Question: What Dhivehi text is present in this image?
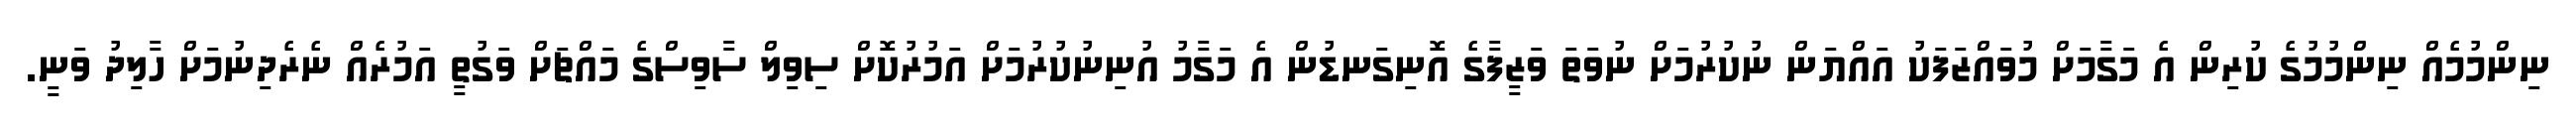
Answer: ނިންމުމެއް ނިންމުމުގެ ކުރިން އެ މަގާމަށް މުވައްޒަފަކު އައްޔަން ނުކުރުމަށް ނުވަތަ ވަޒީފާގެ އޮނިގަނޑުން އެ މަގާމު އުނިނުކުރުމަށް އަމުރުކޮށް ސިވިލް ސާވިސްގެ މައްޗަށް ވަގުތީ އަމުރެއް ނެރެދިނުމަށް ހާލިދު ވަނީ.